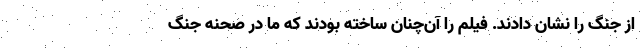
از جنگ را نشان دادند. فیلم را آن‌چنان ساخته بودند که ما در صحنه جنگ